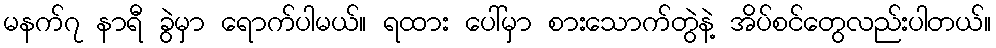
မနက်၇ နာရီ ခွဲမှာ ရောက်ပါမယ်။ ရထား ပေါ်မှာ စားသောက်တွဲနဲ့ အိပ်စင်တွေလည်းပါတယ်။